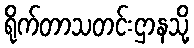
ရိုက်တာသတင်းဌာနသို့